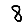
Digit: 8